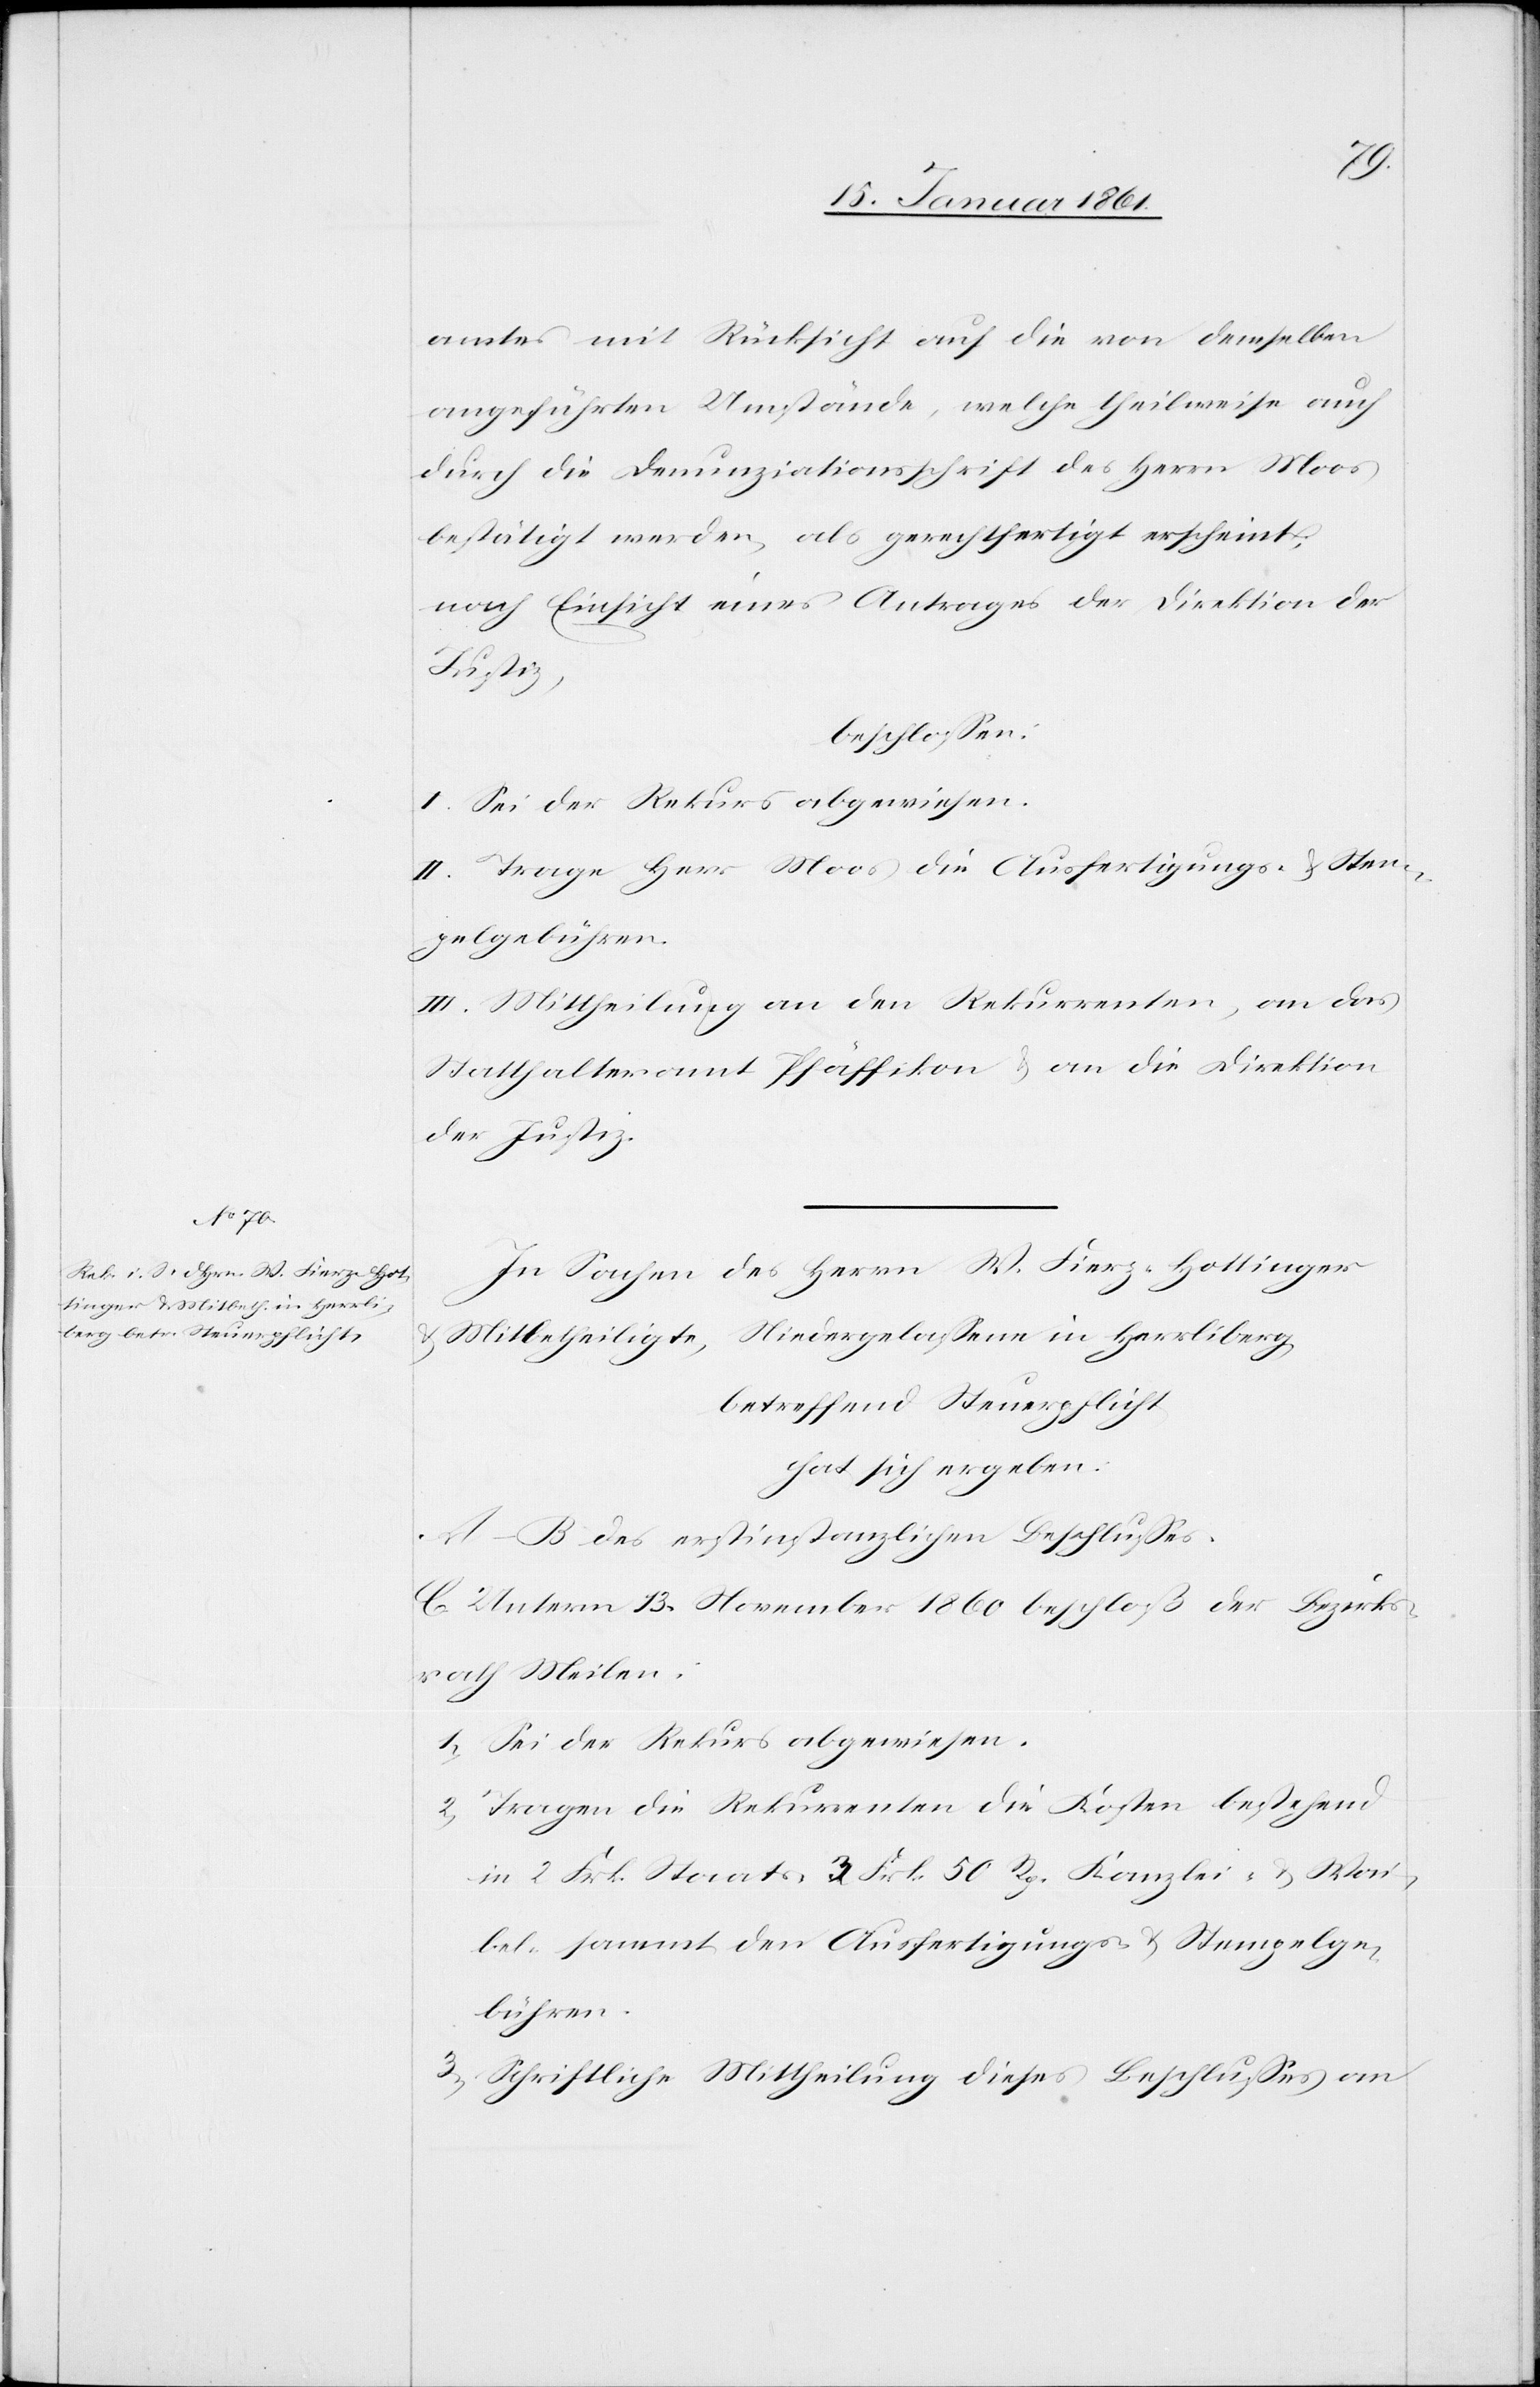
amtes mit Rücksicht auf die von demselben
angeführten Umstände, welche theilweise auch
durch die Denunziationsschrift des Herrn Moos
bestätigt werden, als gerechtfertigt erscheint;
nach Einsicht eines Antrages der Direktion der
Justiz,
beschlossen:
I. Sei der Rekurs abgewiesen.
II. Trage Herr Moos die Ausfertigungs- u. Stem¬
pelgebühren.
III. Mittheilung an den Rekurrenten, an das
Statthalteramt Pfäffikon u. an die Direktion
der Justiz.
In Sachen des Herrn W. Fierz-Hottinger
u.
Mitbetheiligte, Niedergelassene in Herrliberg,
betreffend Steuerpflicht
hat sich ergeben:
A–B. des erstinstanzlichen Beschlusses.
C. Unterm 13. November 1860 beschloß der Bezirks¬
rath Meilen:
1) Sei der Rekurs abgewiesen.
2) Tragen die Rekurrenten die Kosten bestehend
in 2 Frk. Staats-[,] 3 Frk. 50 Rp. Kanzlei- u. Wai¬
bel- sammt den Ausfertigungs- u. Stempelge¬
bühren.
Schriftliche Mittheilung dieses Beschlusses an